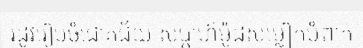
រដូវរៀបចំជោគជ័យ សប្តាហ៍ម៉ូដសម្លៀកបំពាក់